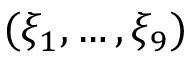
( \xi _ { 1 } , \ldots , \xi _ { 9 } )